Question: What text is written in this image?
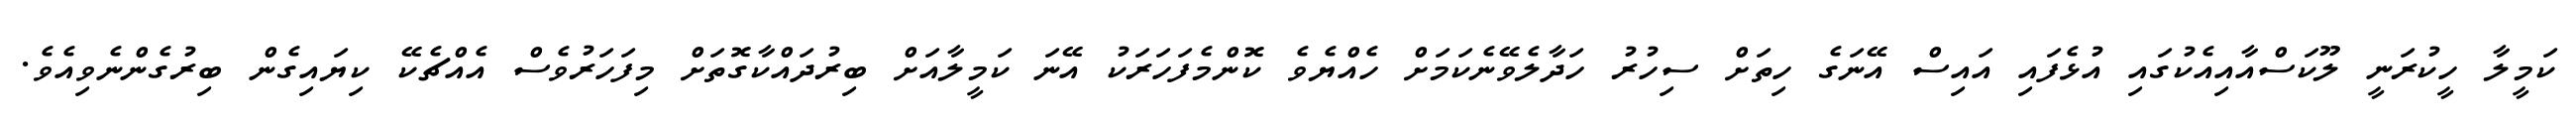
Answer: ކަމީލާ ހީކުރަނީ ލޫކަސްއާއިއެކުގައި އުޅެފައި އައިސް އޭނަގެ ހިތަށް ސިހުރު ހަދާލެވޭނެކަމަށް ހެއްޔެވެ ކޮންމެފަހަރަކު އޭނަ ކަމީލާއަށް ބިރުދައްކާގޮތަށް މިފަހަރުވެސް އެއްޗެކޭ ކިޔައިގެން ބިރުގެންނެވިއެވެ.